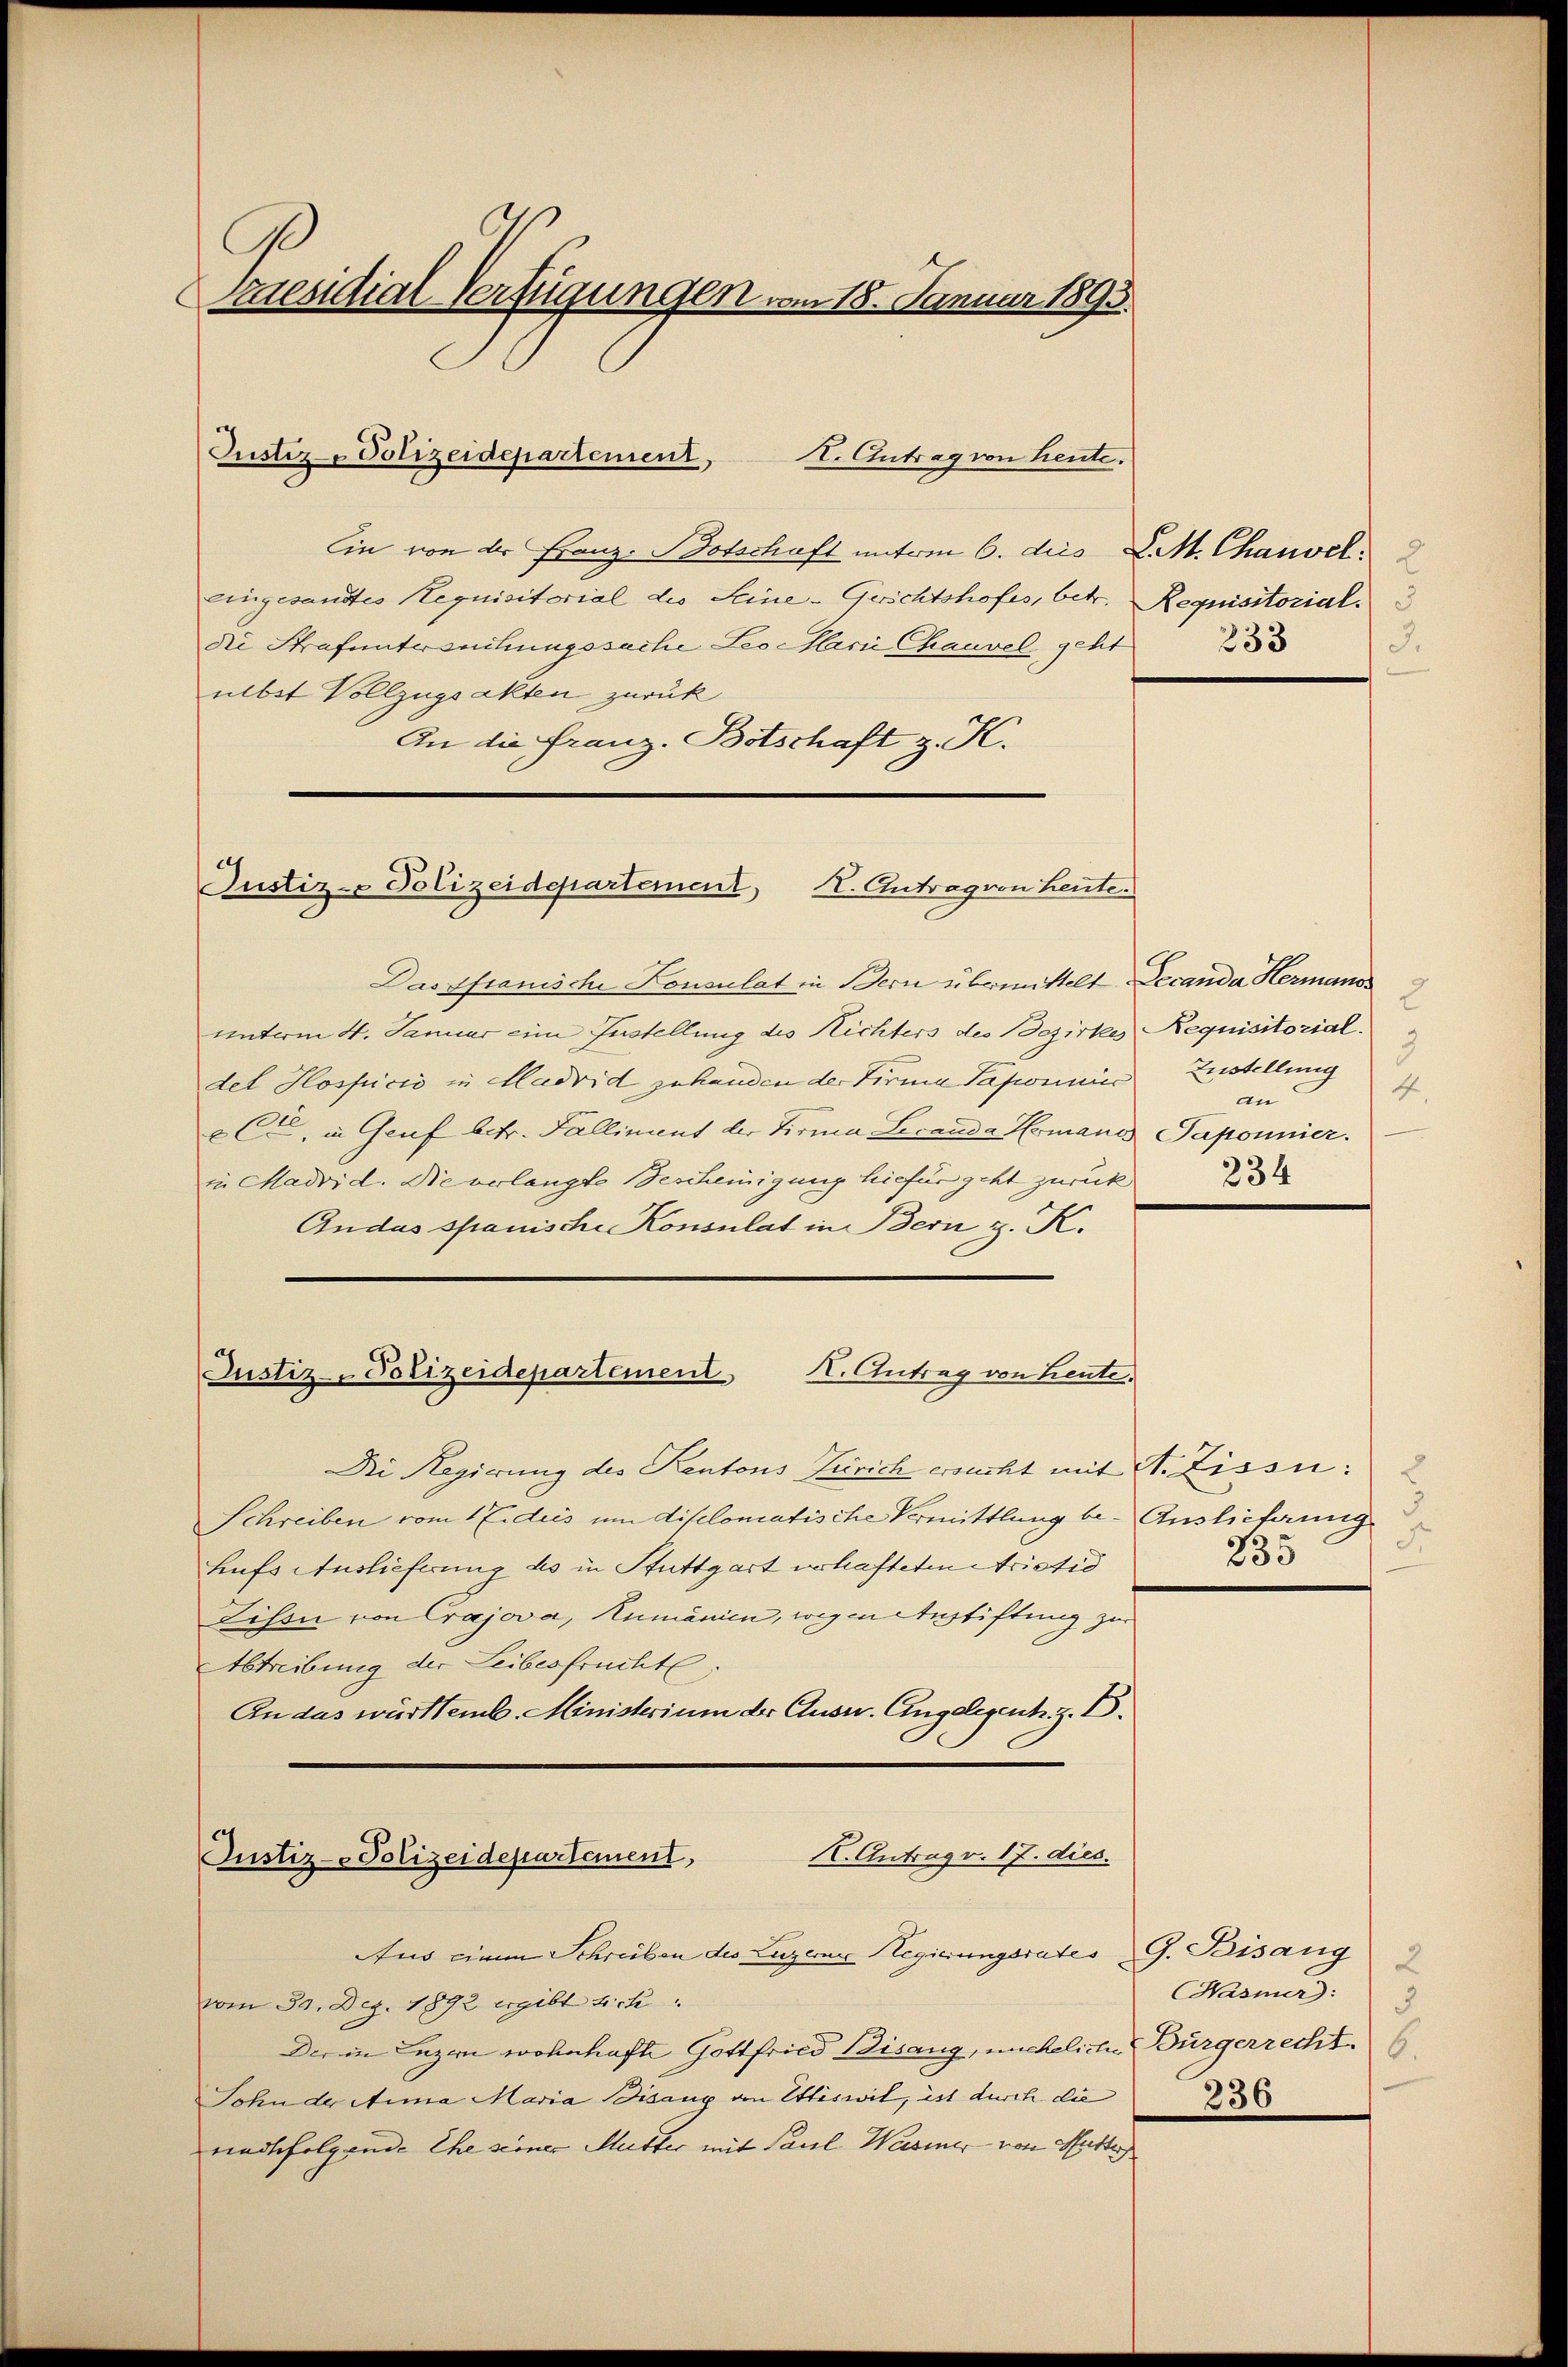
raesidial-Verfügungen vom 18. Januar 1893.

Ein von der Franz-Botschaft unterm 6. dies L. M. Chanvel:
eingesandtes Requisitorial die Seine-Gerichtshofes, betr. Requisitorial.
die Strafuntersuchungssache Leo Marie Chauvel geht
ülbst Vollzugsakten zurück
An die Franz. Botschaft z. K.
Daspfianische Konsulat in Bern übermittelt. Decanda Hermanos
unterm 4. Januar eine Zustellung des Nichters des Bezirkes
det Hospicii in Madrid zuhanden der Firma Paponier
e C., in Genf betr. Falliment der Firma Lecanda Homanis
in Madrid. Die verlangte Bescheinigung hiefür geht zurück
Andas spanische Konsulat in Bern z. K.
X. Antrag von Leute.
Justiz-Polizeidepartement
Die Regierung des Kantons Zürich ersucht mit A. Zissi¬
Schreiben vom 1 Eides um diselomatische Vermittlung be- Auslieferung
hufs Auslieferung des in Stuttgart verhafteten Aristis
Lison von Crajova, Rumänien, wegen Austiftung zur
Abtreibung der Leibesfrucht
An das württemb. Ministerium der Ausw. Angelegent. z. B.
K. Antrag v. 17. dies.
Justiz-Polizeidepartement,
Aus einem Schreiben des Luzerne Regierungsrates G. Bisang
vom 30. Dez. 1892 ergibt sich
Der in Luzern wohnhafte Gottfried Bisang, unchelicher
Sohn der Anna Maria Bisang von Ettiswil, ist durch die
nachfolgende Ehe seiner Mutter mit Paul Wassener von Mutte

Justiz-Polizeidepartement,

Justiz- Polizeidepartement, I. Antrag von heute.

. Antrag von heute.

233
3.

Requisitorial.
Zustellung
4
an
Paponnier.
234

u
235

Hasmer: 3
Bürgerrecht.6
236